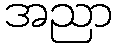
အညာ